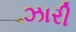
ઝારી